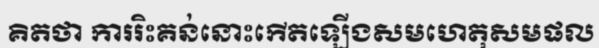
គិតថា ការរិះគន់នោះកើតឡើងសមហេតុសមផល